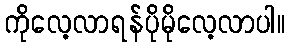
ကိုလေ့လာရန်ပိုမိုလေ့လာပါ။